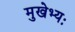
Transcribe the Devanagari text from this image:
मुखेभ्यः